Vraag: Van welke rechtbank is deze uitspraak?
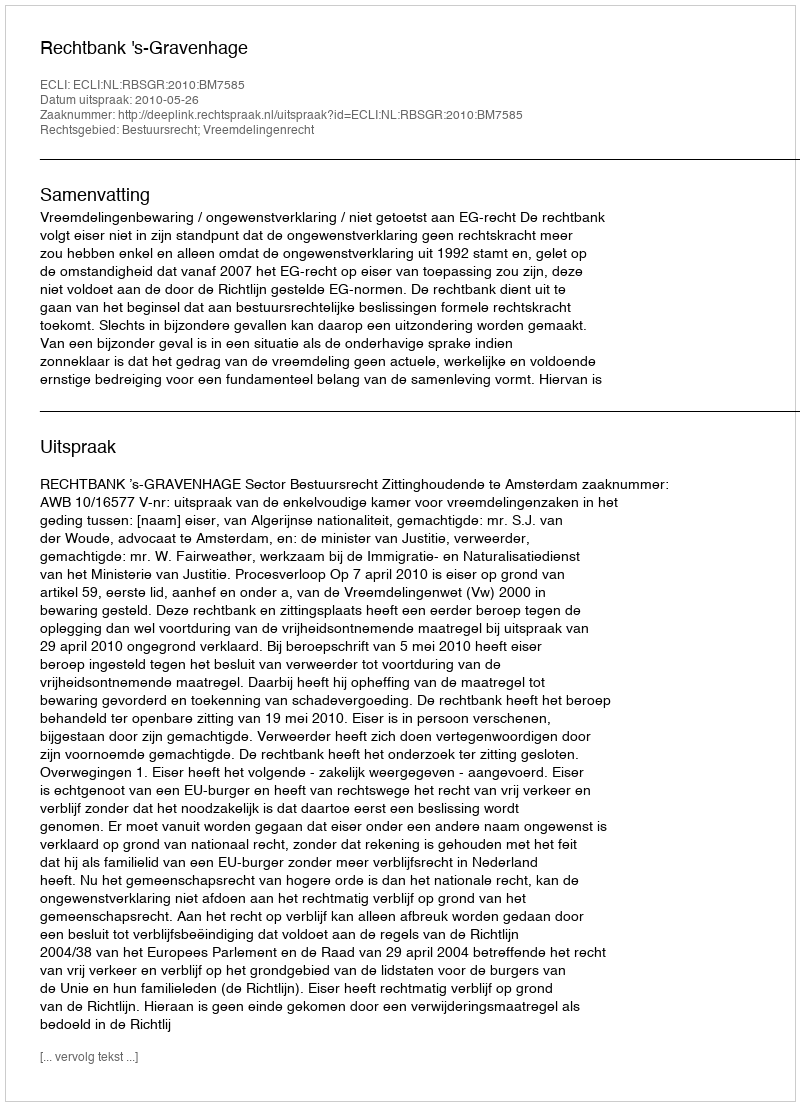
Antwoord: Rechtbank 's-Gravenhage